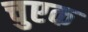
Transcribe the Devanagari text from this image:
चुएक